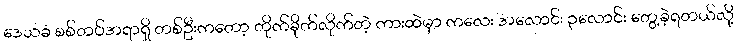
ဒေသခံ စစ်တပ်အရာရှိ တစ်ဦးကတော့ တိုက်ခိုက်လိုက်တဲ့ ကားထဲမှာ ကလေး အလောင်း ၃လောင်း တွေ့ခဲ့ရတယ်လို့